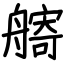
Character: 𦪌